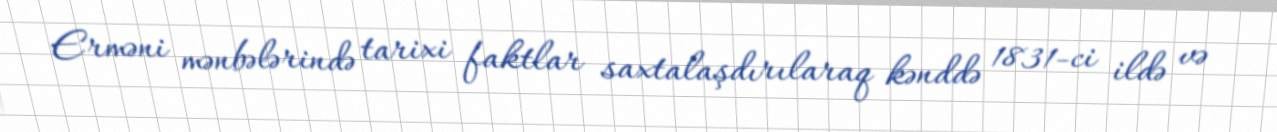
Erməni mənbələrində tarixi faktlar saxtalaşdırılaraq kənddə 1831-ci ildə və